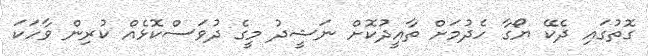
ގޮތުގައި ދެކޭ ޔޯގާ ހެދުމަށް ތާއީދުކޮށް ނަޝީދު މީގެ ދުވަސްކޮޅެއް ކުރިން ވާހަކަ